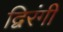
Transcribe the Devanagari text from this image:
द्विरंगी